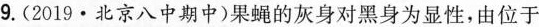
9.(2019·北京八中期中) 果蝇的灰身对黑身为显性，由位于